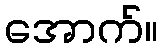
အောက်။